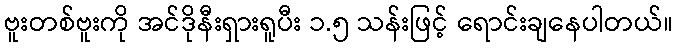
ဗူးတစ်ဗူးကို အင်ဒိုနီးရှားရူပီး ၁.၅ သန်းဖြင့် ရောင်းချနေပါတယ်။